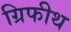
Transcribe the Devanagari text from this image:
ग्रिफीथ